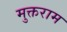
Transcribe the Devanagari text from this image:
मुक्तराम